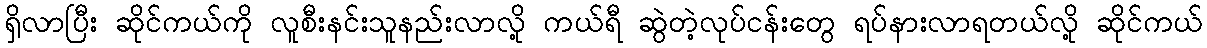
ရှိလာပြီး ဆိုင်ကယ်ကို လူစီးနင်းသူနည်းလာလို့ ကယ်ရီ ဆွဲတဲ့လုပ်ငန်းတွေ ရပ်နားလာရတယ်လို့ ဆိုင်ကယ်